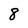
Character: 8